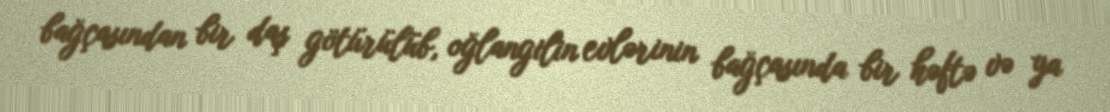
bağçasından bir daş götürülüb, oğlangilin evlərinin bağçasında bir həftə və ya